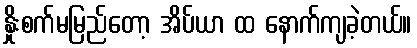
နှိုးစက်မမြည်တော့ အိပ်ယာ ထ နောက်ကျခဲ့တယ်။